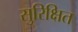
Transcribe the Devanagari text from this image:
सुरिक्षित